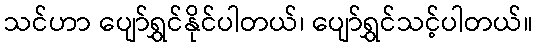
သင်ဟာ ပျော်ရွှင်နိုင်ပါတယ်၊ ပျော်ရွှင်သင့်ပါတယ်။